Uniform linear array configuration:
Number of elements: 48
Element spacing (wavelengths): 0.5
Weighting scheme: cosine
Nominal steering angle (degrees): -30
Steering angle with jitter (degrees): -31.398
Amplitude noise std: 0.05
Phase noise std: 0.05

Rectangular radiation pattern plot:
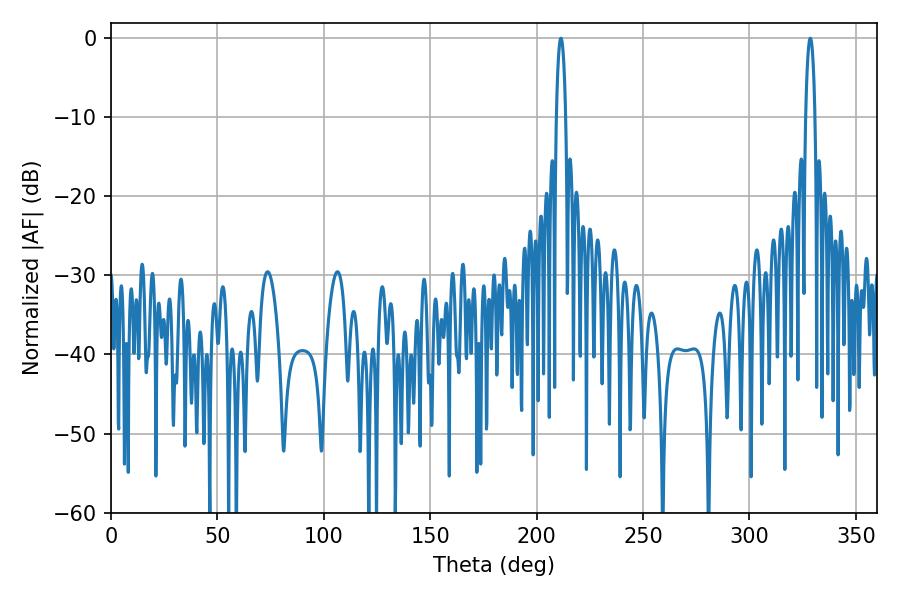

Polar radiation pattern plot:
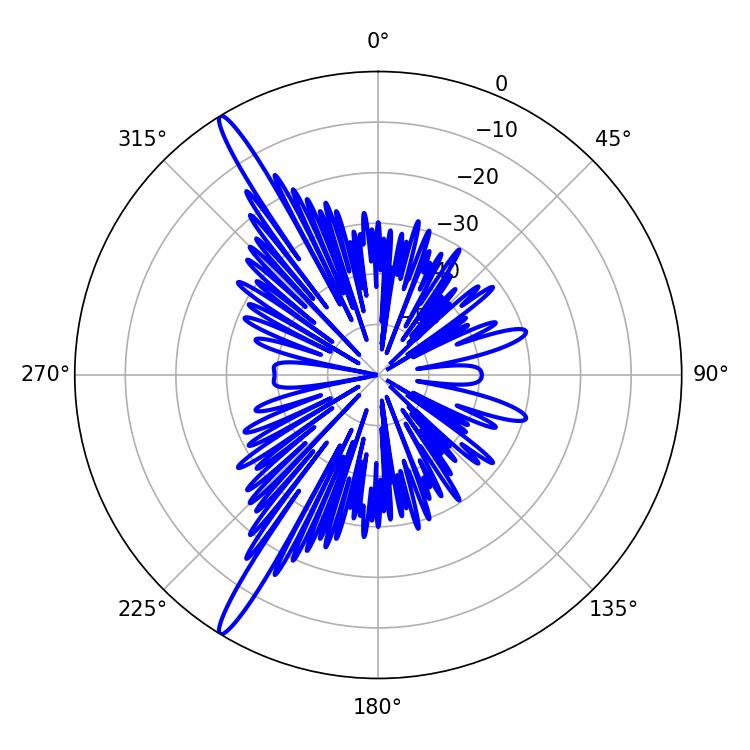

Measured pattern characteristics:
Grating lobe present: FALSE
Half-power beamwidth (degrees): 2.34
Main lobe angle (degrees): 211.32